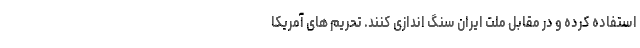
استفاده کرده و در مقابل ملت ایران سنگ اندازی کنند. تحریم های آمریکا